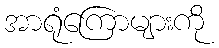
အာရုံကြောများကို